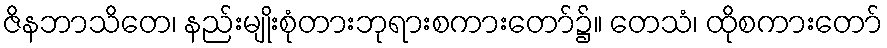
ဇိနဘာသိတေ၊ နည်းမျိုးစုံတားဘုရားစကားတော်၌။ တေသံ၊ ထိုစကားတော်